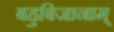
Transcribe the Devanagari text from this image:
बहुबिजानाम्